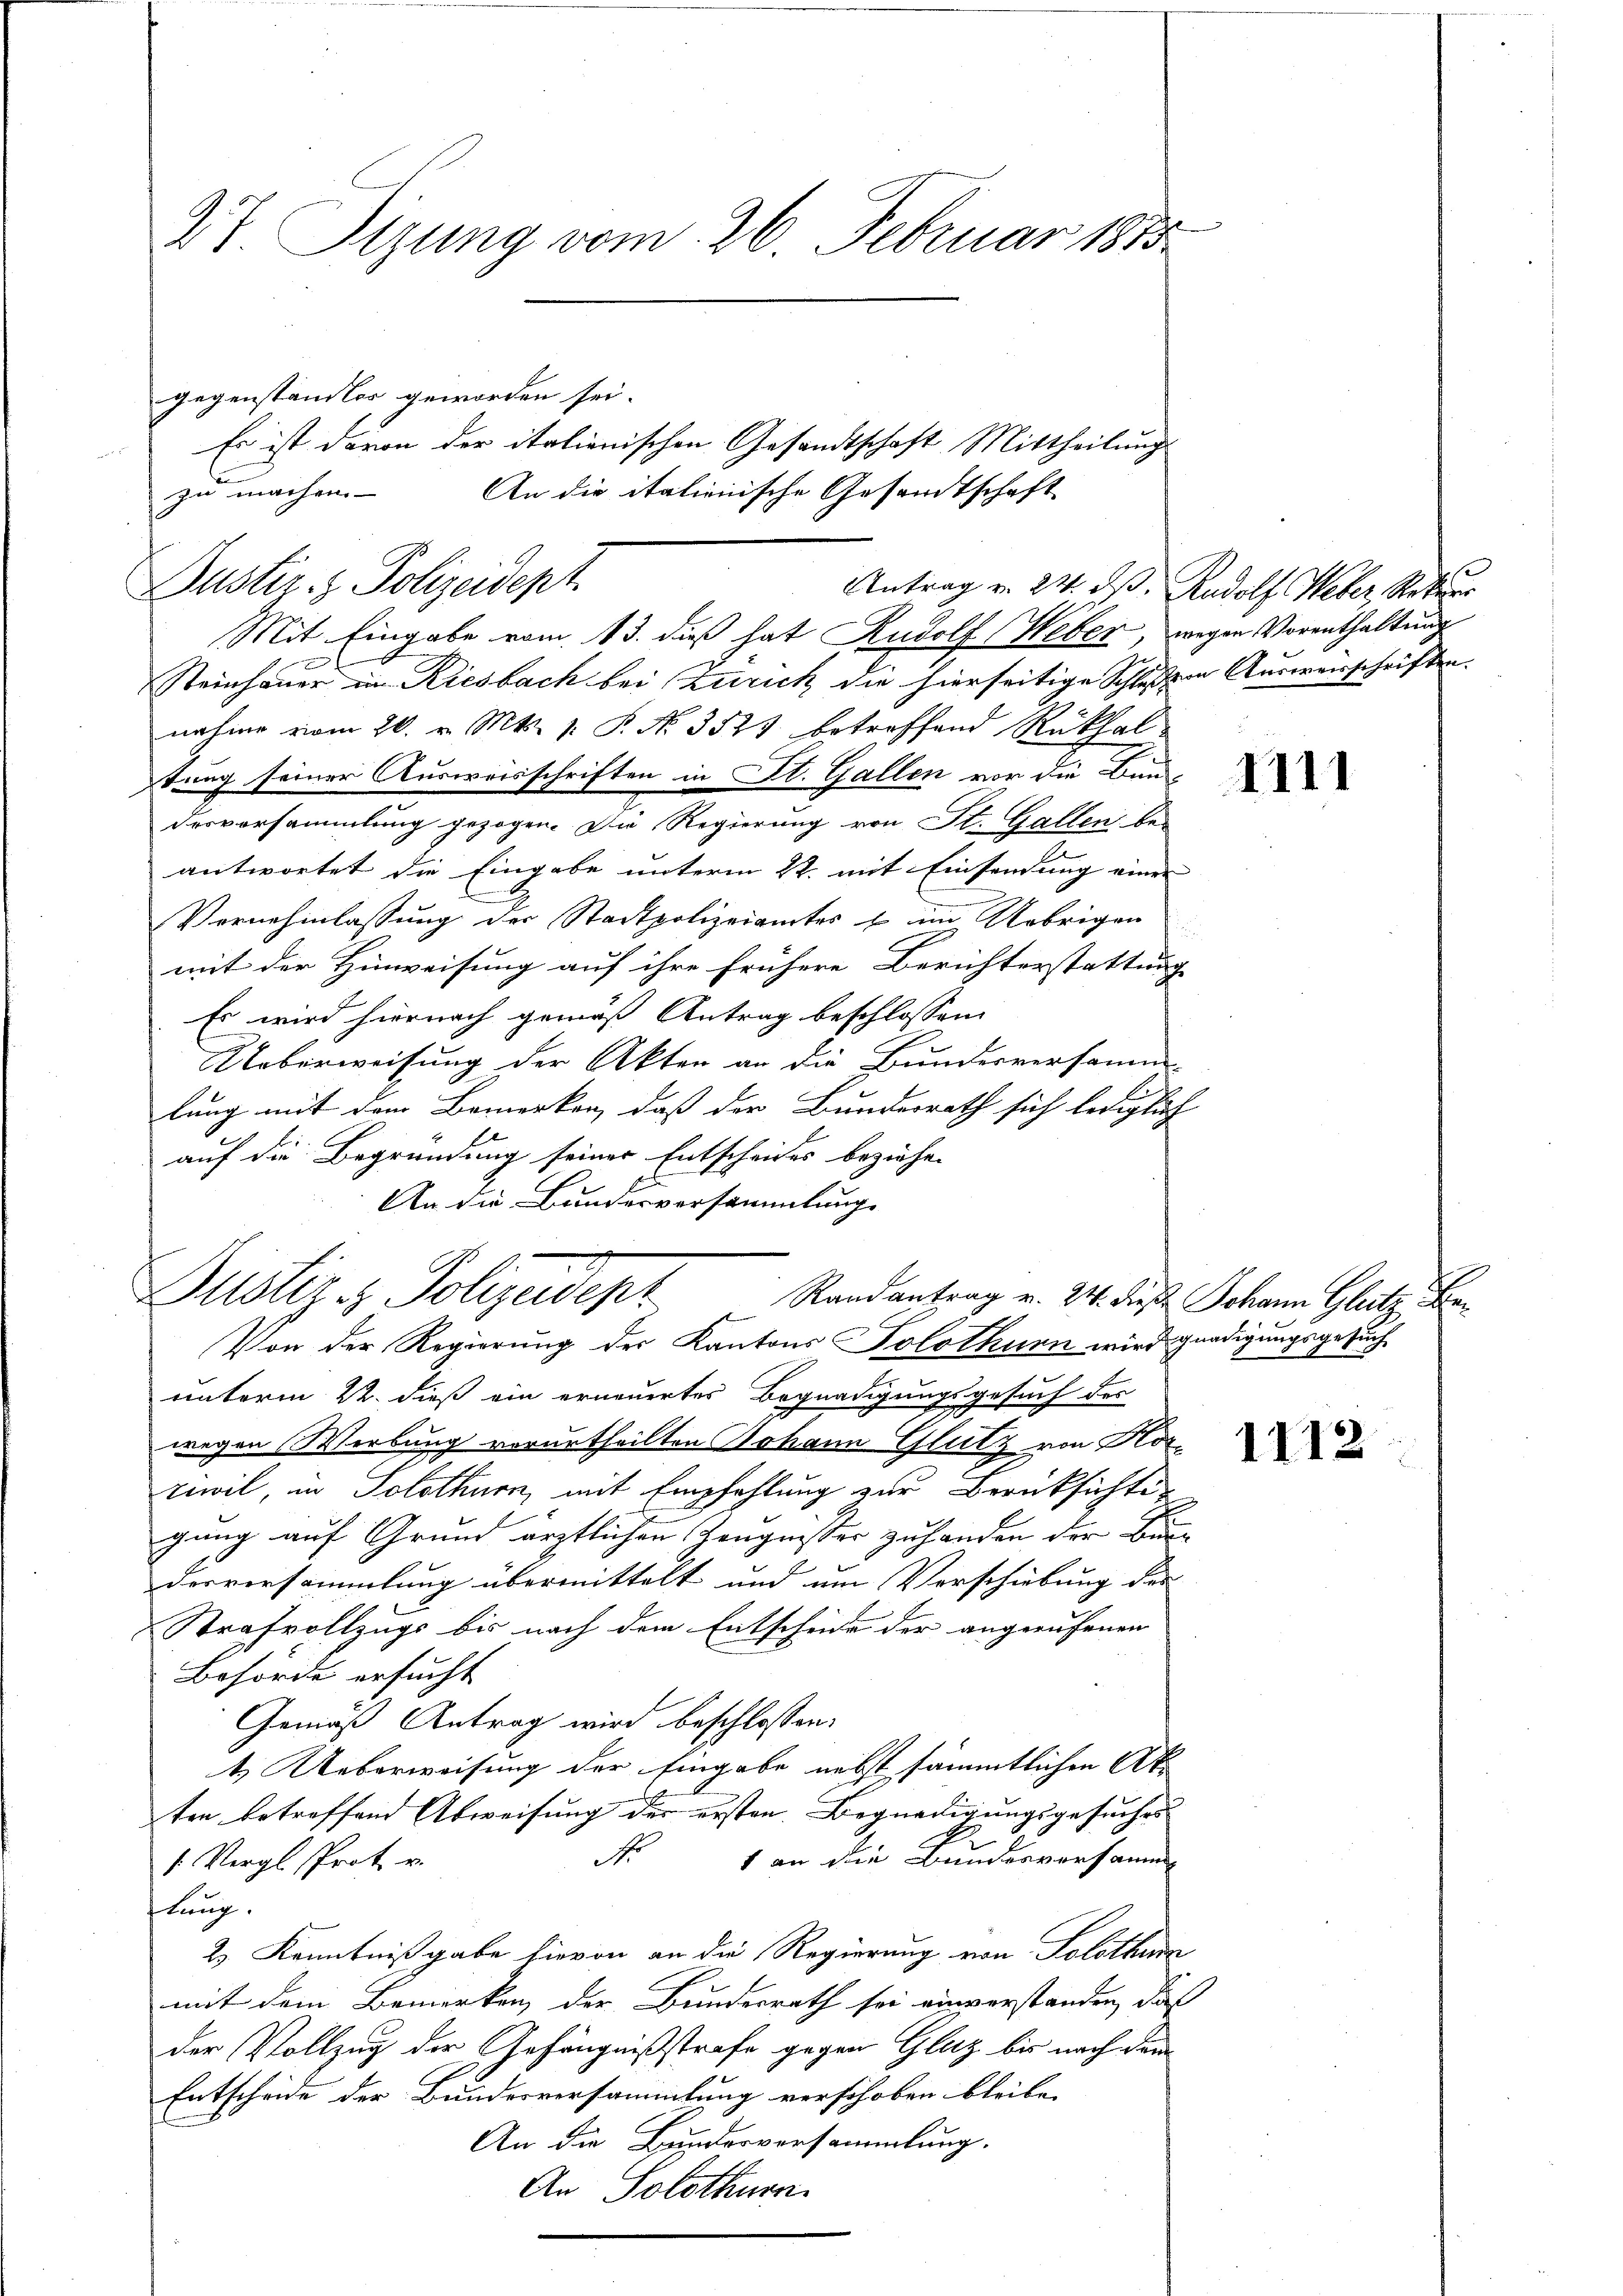
Kt. Tizung vom 26. Februar 1883
gegenständler geworden sei.
Es ist davon der italienischen Gesandtschaft Mittheilung

zu machen.
Mit Eingabe vom 13. dieß hat Rudolf Weber, wegen Vorenthaltung
Steinhauer in Riesbach bei Zürich die hierseitige Schlussen Auswarschriften.
nahme vom 20. v. Mts. 1. P. No. 3527 betroffend Rükhal
tung seiner Ausweisschriften in St. Gallen vor die Bun-
desvorsammlung gezogen. Die Regierung von St. Gallen be-
antwortet die Eingabe unterm 22. mit Einsendung einer
Vernehmlassung der Stadtpolizeiamtes & im Uebrigen
mit der Hinweisung auf ihre frühere Berichterstattung
Es wird hiernach gemäß Antrag beschlossen:
Ueberweisung der Akten an die Bundesversamm-
lung mit dem Bemerken, daß der Bundesrath sich lediglich
auf die Begründung seiner Entscheides beziehen
.
An die Bundesversammlung
Justiz & Polizeidept. Randantrag v. 241. dies Johann Glutz be
Von der Regierung der Kantons Solothurn wird gnadigungsgesuchunterm 22. dieß ein erneuertes Begnadigungsgesuch des
wegen Werbung verurtheilten Johann Glutz von Korrewil, in Solothurn, mit Empfehlung zur Berücksichte
gung auf Grund ärztlichen Zeugnisser zu handen der Bie
derversammlung übermittelt und um Verschiebung des
Strafvollzugs bis nach dem Entscheide der angerufenen
Behörde ersucht
Gemäß Antrag wird beschlossen:
4.) Ueberweisung der Eingabe nebst sämmtlichen Akten betreffend Abweisung der ersten Begnadigungsgesuches
No 1 an die Bundesversamm
1 Vergl. Prot. v.
slang.
2) Kenntnißgabe hievon an die Regierung von Solothurn
mit dem Bemerken der Bundesrath sei einverstanden, daß
der Vollzug der Gefängnißstrafe gegen Glatz bis nach dem
Entscheide der Bundesversammlung verschoben bleibe,
An die Bundesversammlung.
An Solothurn

Dustiz- & Polizeidept

An die italienische Gesandtschaft

Antrag v. 24. ds. Rudolf Weber, Rekur

1111

1112